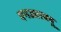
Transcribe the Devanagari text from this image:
एनआरक्यू